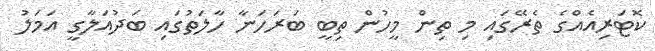
ކޮޓަރިއެއްގެ ތެރޭގައި މި ތިން މީހުން ތިބީ ބަރަހަނާ ހާލަތުގައި ބަދުއަލާގީ އަމަލު